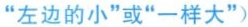
”左边的小”或”一样大”)